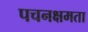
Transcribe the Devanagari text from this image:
पचनक्षमता